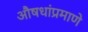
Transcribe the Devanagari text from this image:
औषधांप्रमाणे